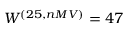
W ^ { ( 2 5 , n M V ) } = 4 7